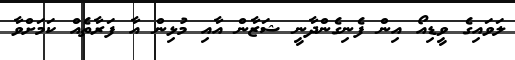
ލަވައިގެ ވީޑިއޯ އިން ފެނިގެންދާނީ ޝަޒާން އާއި މުޅިން އާ ފަރާތެއް ކަމަށްވާ